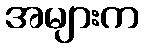
အများက